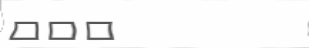
١٠٣